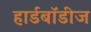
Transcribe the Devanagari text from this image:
हार्डबॉडीज